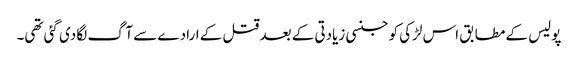
پولیس کے مطابق اس لڑکی کو جنسی زیادتی کے بعد قتل کے ارادے سے آگ لگا دی گئی تھی۔